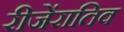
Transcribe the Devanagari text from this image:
रीजेंरातिव